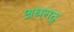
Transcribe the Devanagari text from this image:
अधगढ़